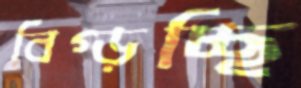
বিগ্‌ড়চ্ছি